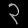
Digit: ၃